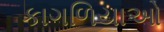
કાગળિયાઓ